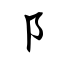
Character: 阝